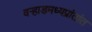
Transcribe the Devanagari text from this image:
वर्‍हाडमध्यप्रांतांत